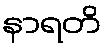
နာရတိ